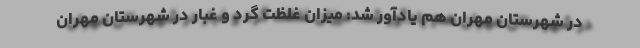
در شهرستان مهران هم یادآور شد: میزان غلظت گرد و غبار در شهرستان مهران